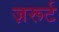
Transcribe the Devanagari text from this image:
ज़रूर्ट